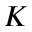
K